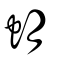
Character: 蚏